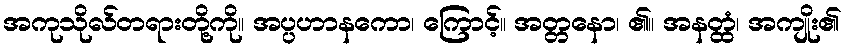
အကုသိုလ်တရားတို့ကို။ အပ္ပဟာနကော၊ ကြောင့်။ အတ္တနော၊ ၏။ အနတ္ထံ၊ အကျိုး၏